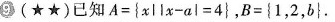
⑨(★★)已知$$A = \ { x || x - a \mid = 4 \ }$$, $$B = \ { 1 , 2 , b \ }$$。